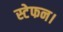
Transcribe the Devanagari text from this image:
स्टेफन।